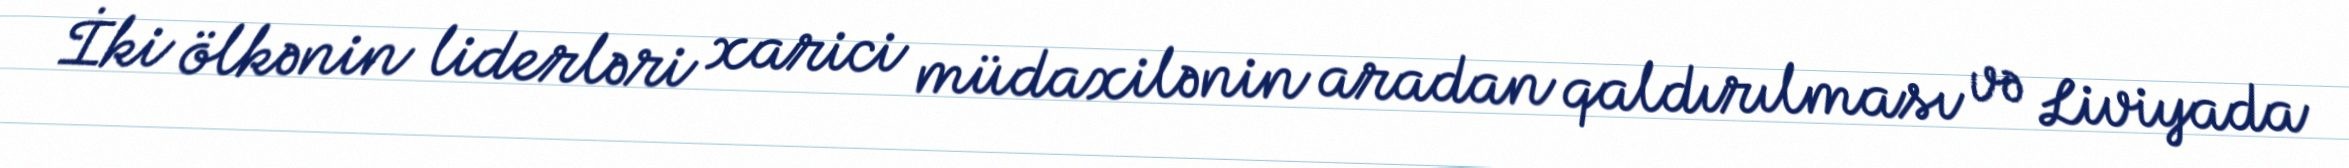
İki ölkənin liderləri xarici müdaxilənin aradan qaldırılması və Liviyada